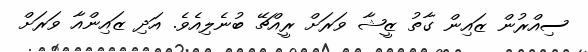
ސިއްރުން ޒައިން ގާތު ޒީޝާ ވަރަށް ރީއްޗޭ ބުނެލިއެވެ. އަދި ޒައިންއާ ވަރަށް